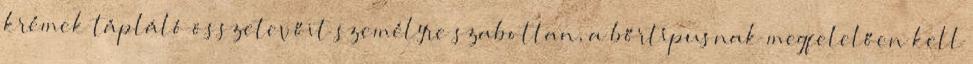
krémek tápláló összetevőit személyre szabottan, a bőrtípusnak megfelelően kell